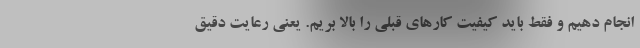
انجام دهیم و فقط باید کیفیت کارهای قبلی را بالا بریم. یعنی رعایت دقیق